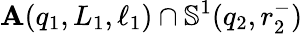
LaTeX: \mathbf{A}\! \left(q_{1},L_{1},\ell_{1}\right)\cap\mathbb{{S}}^{1}(q_{2},r_{2}^{-})